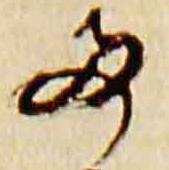
両